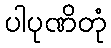
ပါပုဏိတုံ